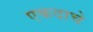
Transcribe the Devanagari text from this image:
एकदाचे